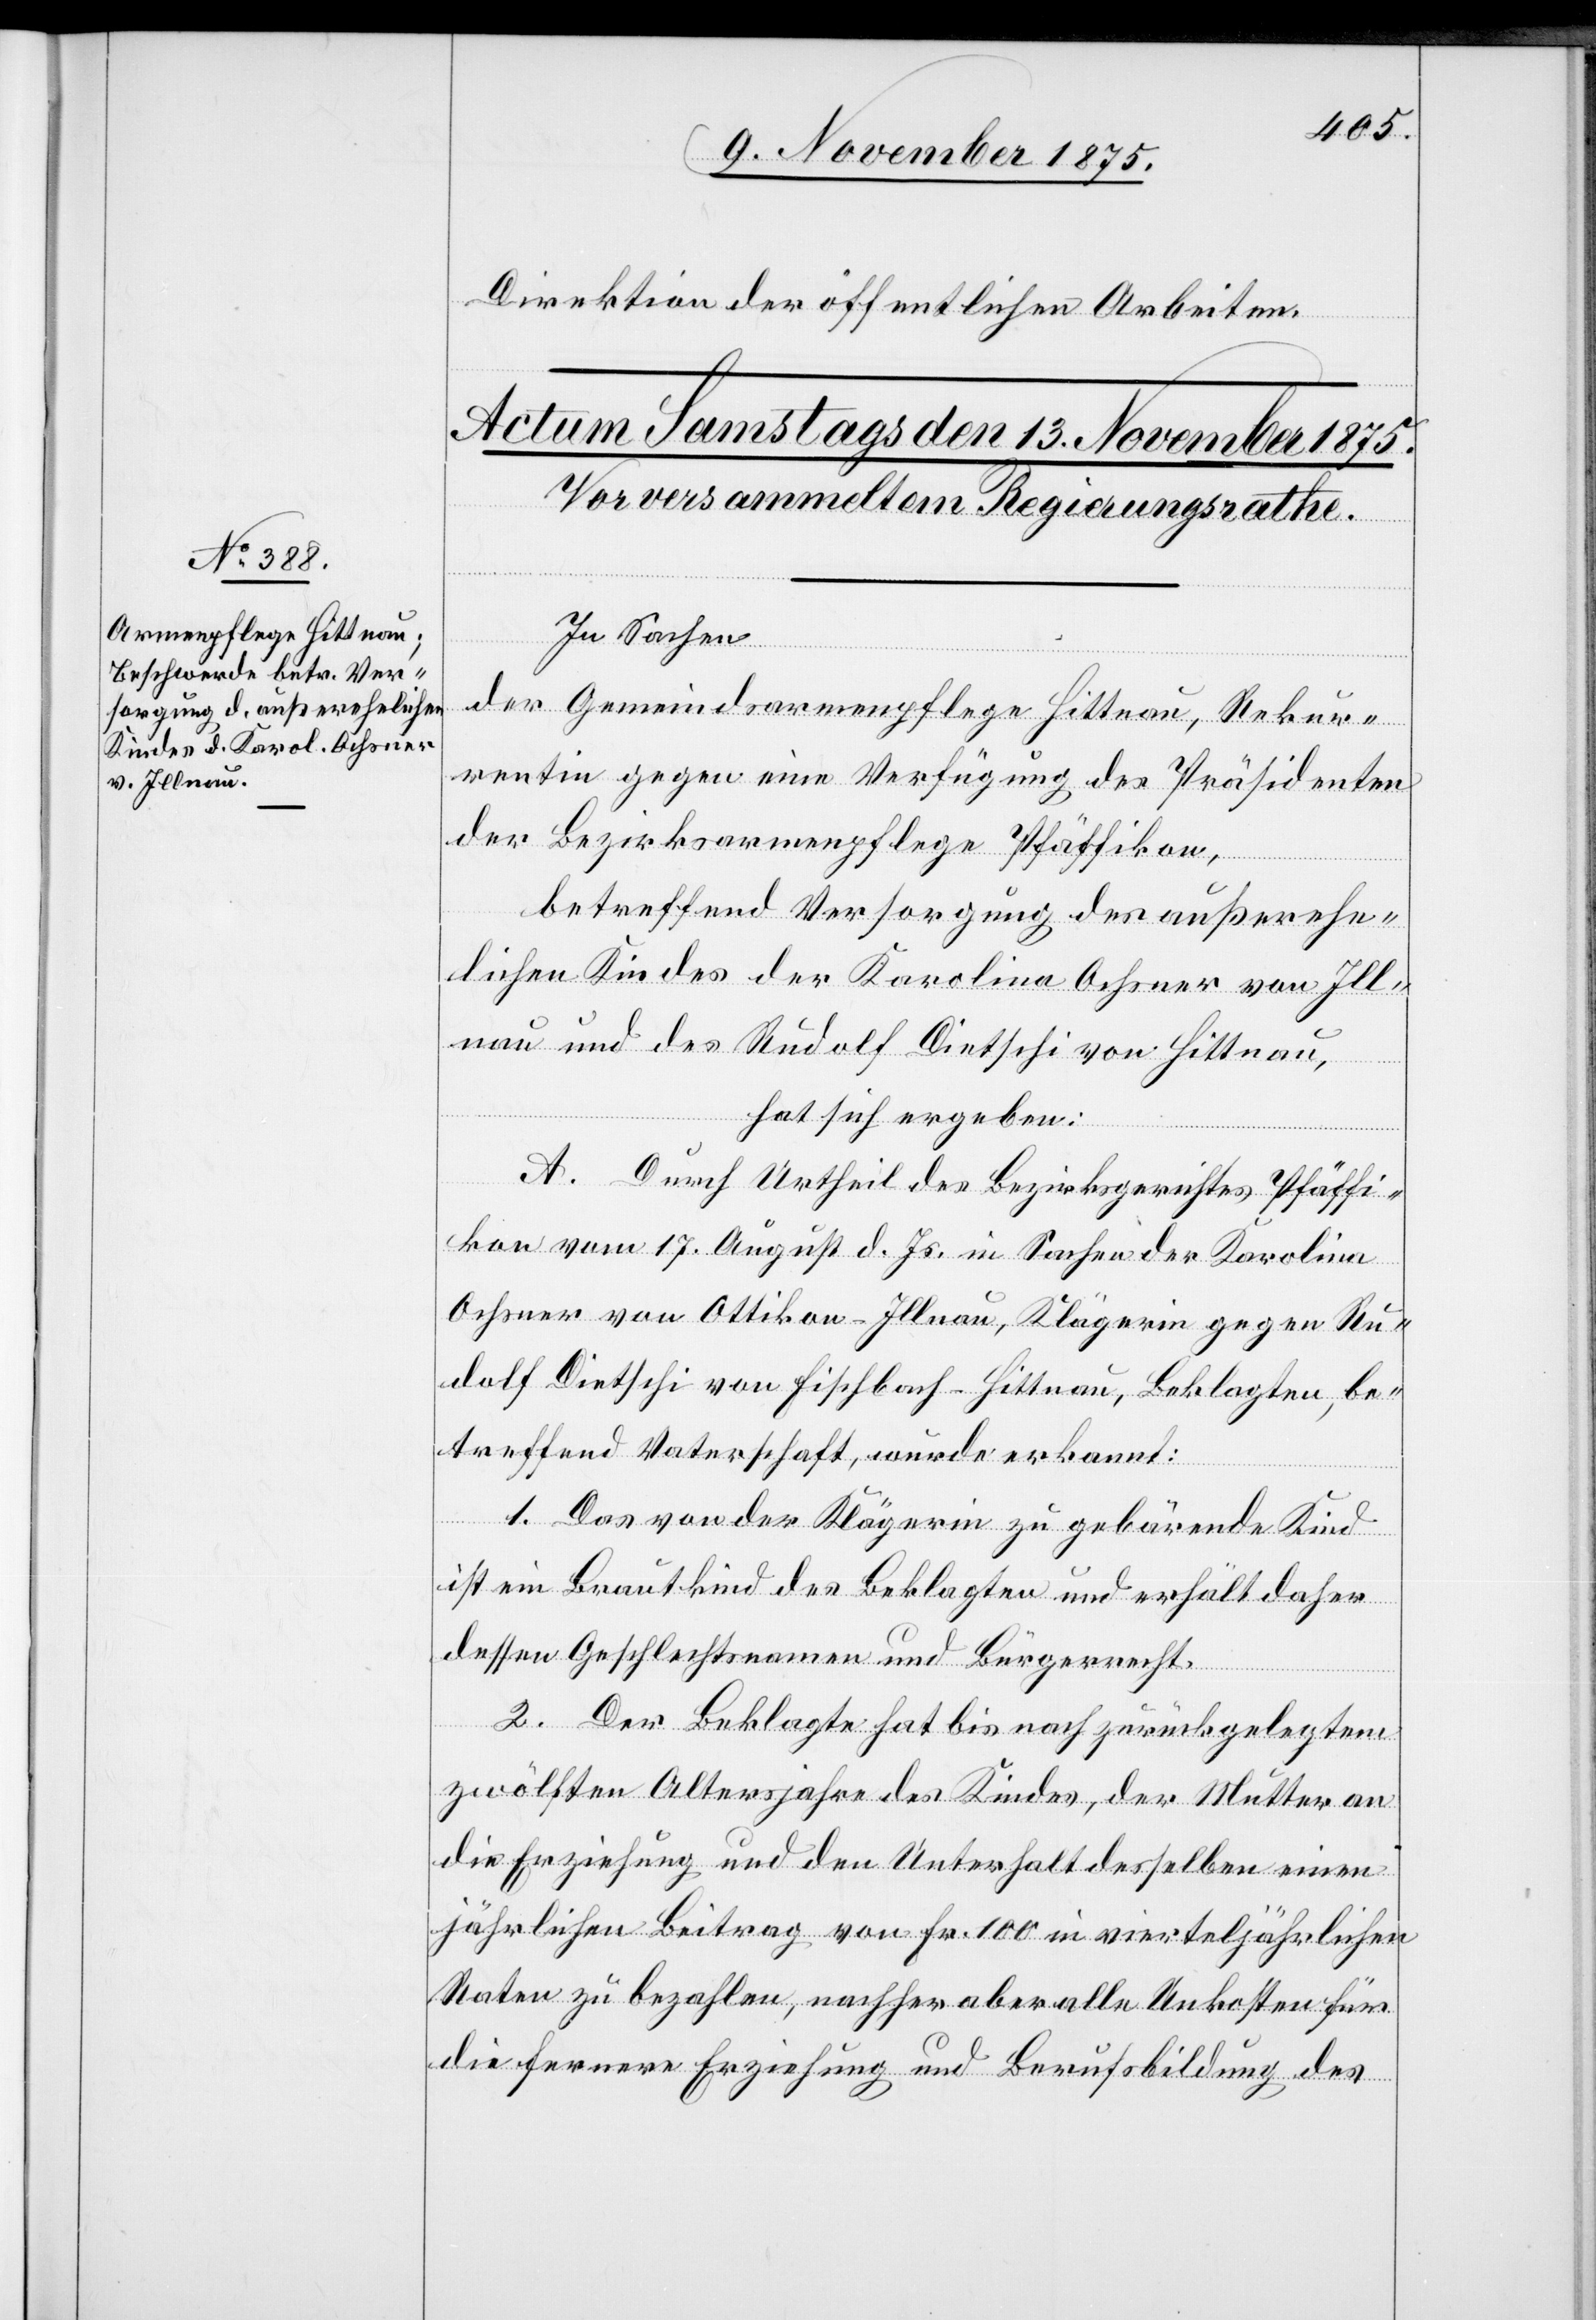
Direktion der öffentlichen Arbeiten.
In Sachen
der Gemeindsarmenpflege Hittnau, Rekur¬
rentin gegen eine Verfügung des Präsidenten
der Bezirksarmenpflege Pfäffikon,
betreffend Versorgung des außerehe¬
lichen Kindes der Karolina Ochsner von Ill¬
nau und des Rudolf Dietschi von Hittnau,
hat sich ergeben:
A. Durch Urtheil des Bezirksgerichtes Pfäffi¬
kon vom 17. August d. Js. in Sachen der Karolina
Ochsner von Ottikon - Illnau, Klägerin gegen Ru¬
dolf Dietschi von Fischbach - Hittnau, Beklagten, be¬
treffend Vaterschaft, wurde erkannt:
1. Das von der Klägerin zu gebärende Kind
ist ein Brautkind des Beklagten und erhält daher
dessen Geschlechtsnamen und Bürgerrecht.
2. Der Beklagte hat bis nach zurückgelegtem
zwölften Altersjahre des Kindes, der Mutter an
die Erziehung und den Unterhalt desselben einen
jährlichen Beitrag von Fr. 100 in vierteljährlichen
Raten zu bezahlen, nachher aber alle Unkosten für
die fernere Erziehung und Berufsbildung des